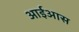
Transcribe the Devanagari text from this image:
आईआस